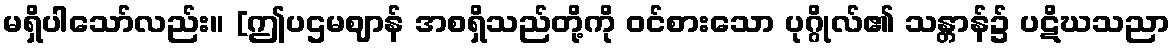
မရှိပါသော်လည်း။ [ဤပဌမဈာန် အစရှိသည်တို့ကို ဝင်စားသော ပုဂ္ဂိုလ်၏ သန္တာန်၌ ပဋိဃသညာ